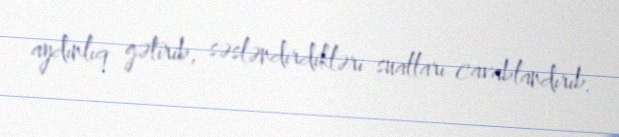
aydınlıq gətirib, səsləndirdikləri sualları cavablandırıb.